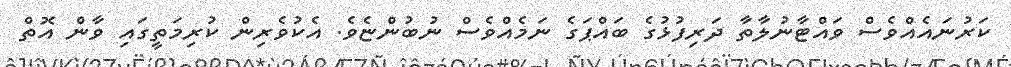
ކަރުނައެއްވެސް ވައްޓާނުލާތާ ދަރިފުޅުގެ ބައްޕަގެ ނަމެއްވެސް ނުބުންޏެވެ. އެކުވެރިން ކުރިމަތީގައި ވާން އޮތް